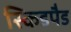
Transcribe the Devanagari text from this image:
स्किडपैड